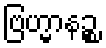
ဗြဟ္မာနဉ္စ